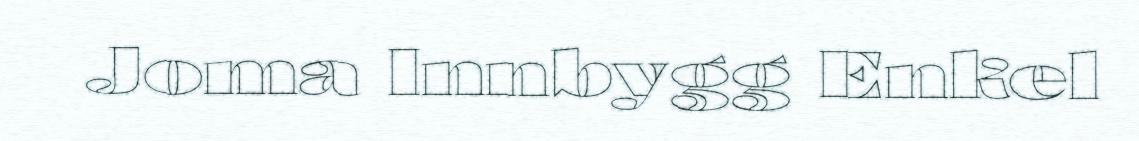
Joma Innbygg Enkel